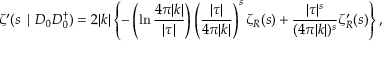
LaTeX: \zeta ^ { \prime } ( s \mid D _ { 0 } D _ { 0 } ^ { \dagger } ) = 2 | k | \left\{ - \left( \ln \frac { 4 \pi | k | } { | \tau | } \right) \left( \frac { | \tau | } { 4 \pi | k | } \right) ^ { s } \zeta _ { R } ( s ) + \frac { | \tau | ^ { s } } { ( 4 \pi | k | ) ^ { s } } \zeta _ { R } ^ { \prime } ( s ) \right\} ,